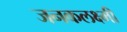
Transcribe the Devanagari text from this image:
जनकलक्ष्मी